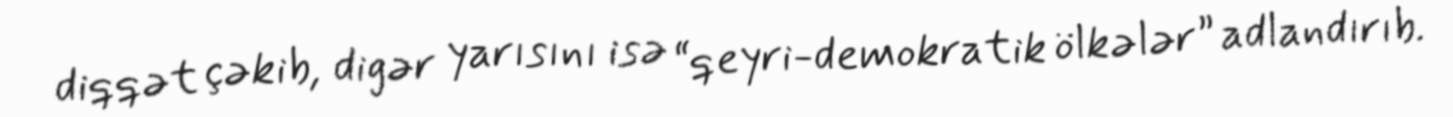
diqqət çəkib, digər yarısını isə “qeyri-demokratik ölkələr” adlandırıb.